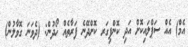
އެމް) އެއް ސަޕްލައިކޮށް އަދި ކޮންފިގަރ ކޮށްދޭނެ ފަރާތެއް ހޯދުން: (ދެވަނަ ގޮވާލުން)